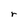
Character: r